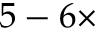
5 - 6 \times